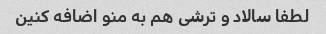
لطفا سالاد و ترشی هم به منو اضافه کنین